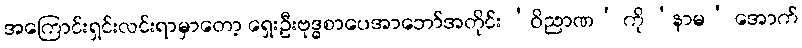
အကြောင်းရှင်းလင်းရာမှာတော့ ရှေးဦးဗုဒ္ဓစာပေအာဘော်အတိုင်း ‘ဝိညာဏ’ ကို ‘နာမ’ အောက်